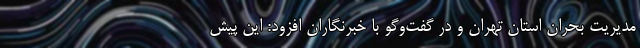
مدیریت بحران استان تهران و در گفت‌وگو با خبرنگاران افزود: این پیش